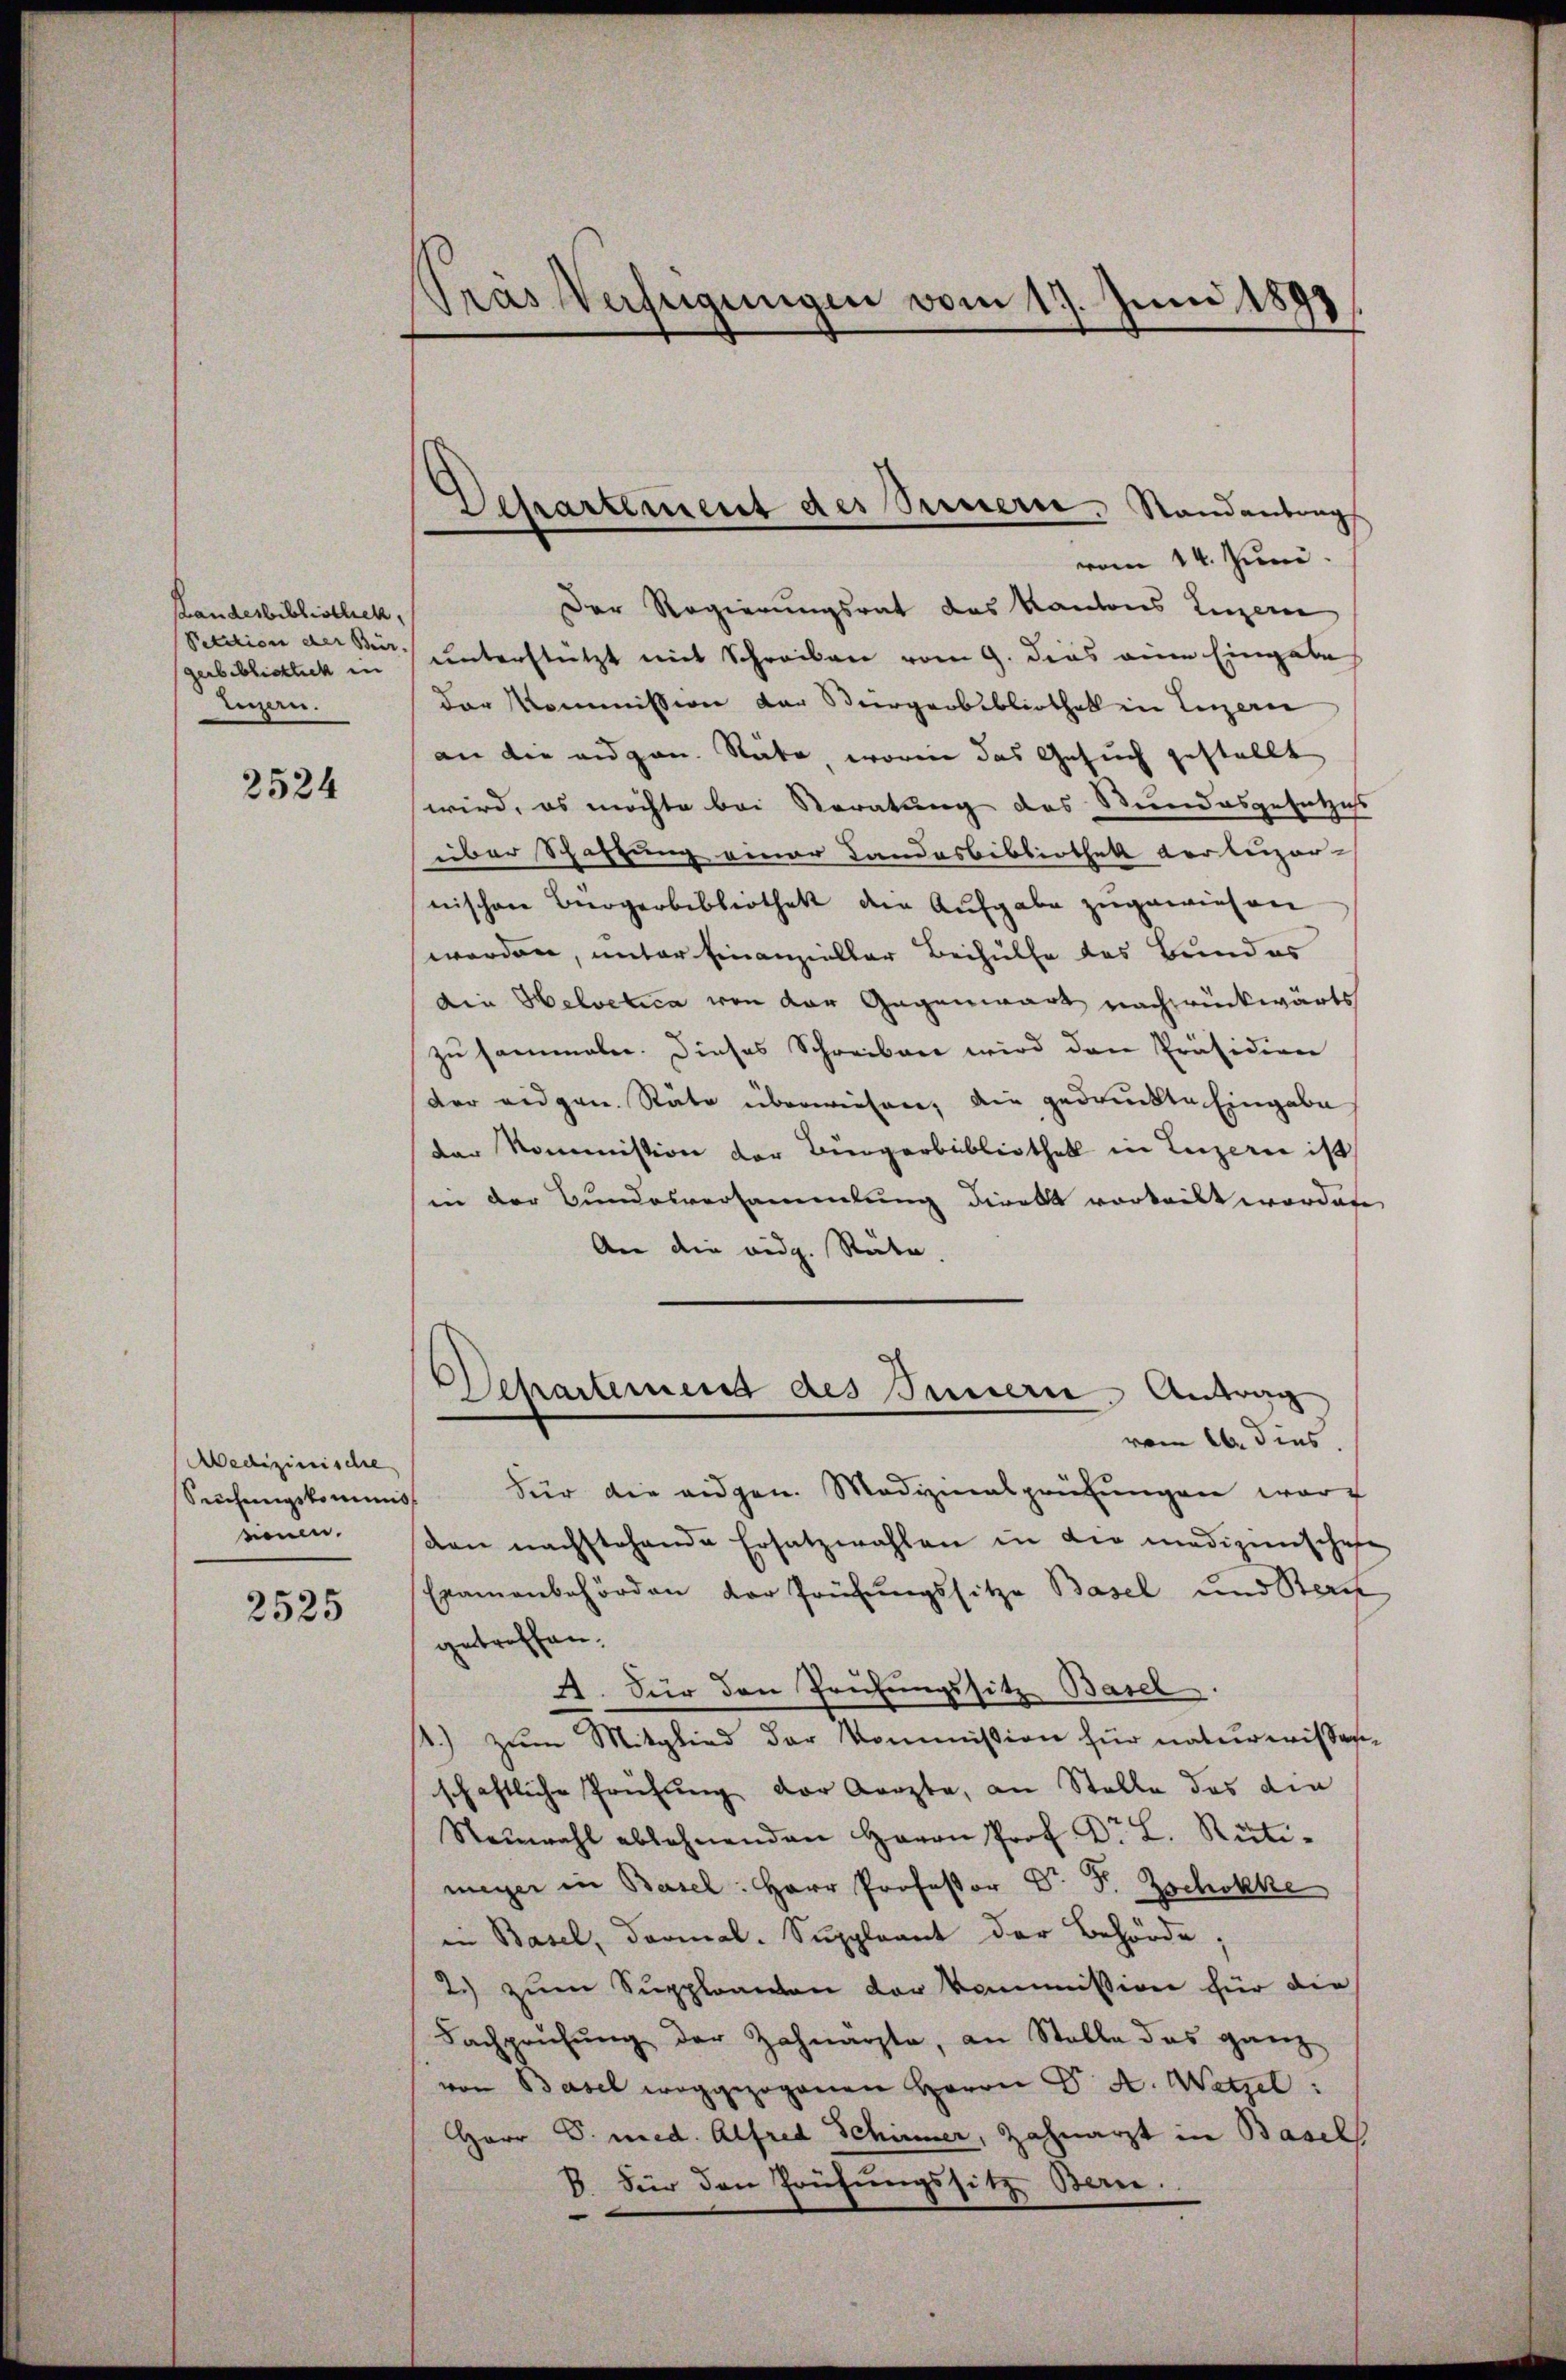
Handesbibliothek,
Petition der Bür-
gerbiblicklich in
Luzern.

2524

Medizinische
einen.

2525

Pras Verfügungen vom 17. Juni 1893.

Departement des Seinerie. Standentrag
vom 14. Juni.

Der Regierungsrat des Kantons Luzern
unterstützt mit Schreiben vom 9. dies eine Eingabe
der Kommission der Bürgerbibliothek in Luzern
an die eidgen. Räte, worin das Gesuch gestellt
wird, es möchte bei Veratung des Stundesgesetzes
über Schaftung einer Landesbibliothek der leizer-
nischen Bürgerbibliothek den Aufgabe zugewiesen
worden, unter Finanzieller Beihülfe des Bundes
die Helvetica von der Gegenwart nachdrückwärts
zu sammeln. Dieses Schreiben wird den Präsidien
der eidgen. Räte überwiesen, die gedruckte Eingabe
der Kommission der Bürgerbibliothek in Luzern ist
in der Bundesversammlung direkt vorteilt worden
An die eidg. Räte.
Departement des Innern, Antrag
vom 26. dies
Siechŭngskommiss für die eidgen. Medizinalprüfŭngen warf
den nachstehende Ersatzwahlen in die medizienschafe
Examenbehörden der Prüfungssitze Basel und Stern
getreffen.
A. Für den Prüfungssitz Basel.
1.) zum Mitglied der Kommission für naturwissesen
schaftliche Prüfung der Aerzte, an Stelle das die
Steŭwahl ablehnenden Herrn Prof. Dr. L. Rüti-
meyer in Basel: Herr Professor Dr. Fr. Zschokke
in Basel, Dormal-Suppleant der Behörde.
2.) zum Suppleanton der Kommission für die
Fachprüfung der Zahnarzte, an Stelle das ganz
von Basel weggezogenen Herrn Dr. A. Wetzel:
Herr P. med. Alfred Schinner, Zahnarzt in Basel
B. Für den Prüfungssitze Bern.